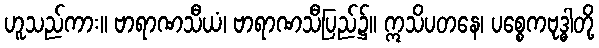
ဟူသည်ကား။ ဗာရာဏသီယံ၊ ဗာရာဏသီပြည်၌။ ဣသိပတနေ၊ ပစ္စေကဗုဒ္ဓါတို့